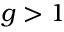
g > 1